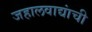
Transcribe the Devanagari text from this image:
जहालवाद्यांची